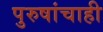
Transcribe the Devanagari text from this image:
पुरुषांचाही